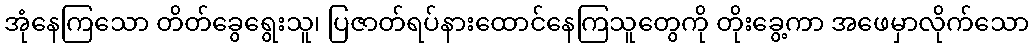
အုံနေကြသော တိတ်ခွေရွေးသူ၊ ပြဇာတ်ရပ်နားထောင်နေကြသူတွေကို တိုးခွေ့ကာ အဖေမှာလိုက်သော